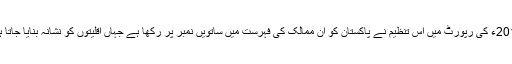
2014ء کی رپورٹ میں اس تنظیم نے پاکستان کو ان ممالک کی فہرست میں ساتویں نمبر پر رکھا ہے جہاں اقلیتوں کو نشانہ بنایا جاتا ہے۔